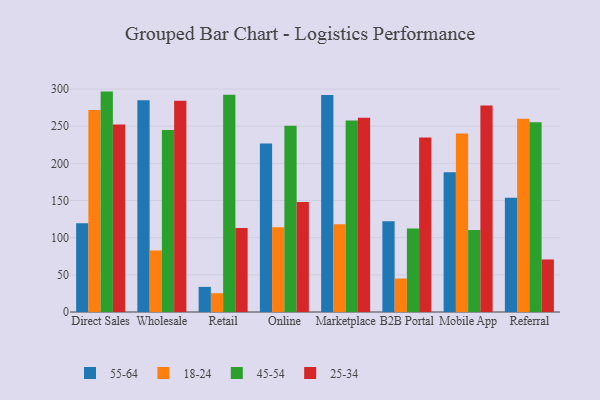
{"axis": {"x": "Channel", "y": "Revenue (USD Million)"}, "legend": ["18-24", "25-34", "45-54", "55-64"], "data": [{"x": "Direct Sales", "y": 119.6, "type": "55-64"}, {"x": "Direct Sales", "y": 272.0, "type": "18-24"}, {"x": "Direct Sales", "y": 296.6, "type": "45-54"}, {"x": "Direct Sales", "y": 252.4, "type": "25-34"}, {"x": "Wholesale", "y": 284.9, "type": "55-64"}, {"x": "Wholesale", "y": 82.8, "type": "18-24"}, {"x": "Wholesale", "y": 244.8, "type": "45-54"}, {"x": "Wholesale", "y": 284.2, "type": "25-34"}, {"x": "Retail", "y": 33.8, "type": "55-64"}, {"x": "Retail", "y": 25.3, "type": "18-24"}, {"x": "Retail", "y": 292.4, "type": "45-54"}, {"x": "Retail", "y": 112.9, "type": "25-34"}, {"x": "Online", "y": 226.6, "type": "55-64"}, {"x": "Online", "y": 114.0, "type": "18-24"}, {"x": "Online", "y": 250.7, "type": "45-54"}, {"x": "Online", "y": 148.1, "type": "25-34"}, {"x": "Marketplace", "y": 291.9, "type": "55-64"}, {"x": "Marketplace", "y": 118.2, "type": "18-24"}, {"x": "Marketplace", "y": 257.8, "type": "45-54"}, {"x": "Marketplace", "y": 261.5, "type": "25-34"}, {"x": "B2B Portal", "y": 122.1, "type": "55-64"}, {"x": "B2B Portal", "y": 45.0, "type": "18-24"}, {"x": "B2B Portal", "y": 112.5, "type": "45-54"}, {"x": "B2B Portal", "y": 234.9, "type": "25-34"}, {"x": "Mobile App", "y": 188.0, "type": "55-64"}, {"x": "Mobile App", "y": 240.3, "type": "18-24"}, {"x": "Mobile App", "y": 110.4, "type": "45-54"}, {"x": "Mobile App", "y": 277.8, "type": "25-34"}, {"x": "Referral", "y": 153.8, "type": "55-64"}, {"x": "Referral", "y": 260.1, "type": "18-24"}, {"x": "Referral", "y": 255.5, "type": "45-54"}, {"x": "Referral", "y": 70.7, "type": "25-34"}]}